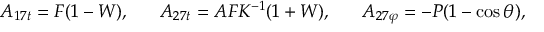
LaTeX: A _ { 1 7 t } = F ( 1 - { \cal W } ) , \ \ \ \ \ A _ { 2 7 t } = A F K ^ { - 1 } ( 1 + { \cal W } ) , \ \ \ \ \ A _ { 2 7 \varphi } = - P ( 1 - \cos \theta ) ,